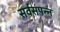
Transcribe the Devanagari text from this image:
सर्वसंपन्न